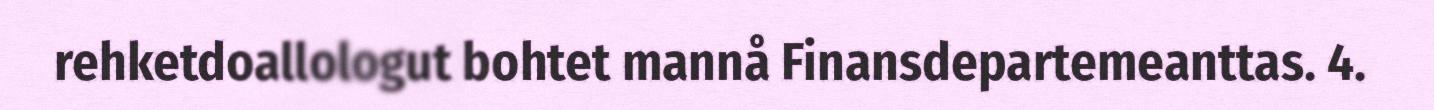
rehketdoallologut bohtet mannå Finansdepartemeanttas. 4.